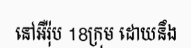
នៅអឺរ៉ុប 18ក្រុម ដោយនឹង